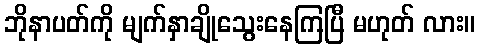
ဘိုနာပတ်ကို မျက်နှာချိုသွေးနေကြပြီ မဟုတ် လား။